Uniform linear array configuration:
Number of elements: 4
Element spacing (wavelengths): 1
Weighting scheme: cosine
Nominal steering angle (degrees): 45
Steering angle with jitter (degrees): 44.623
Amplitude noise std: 0.05
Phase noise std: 0.05

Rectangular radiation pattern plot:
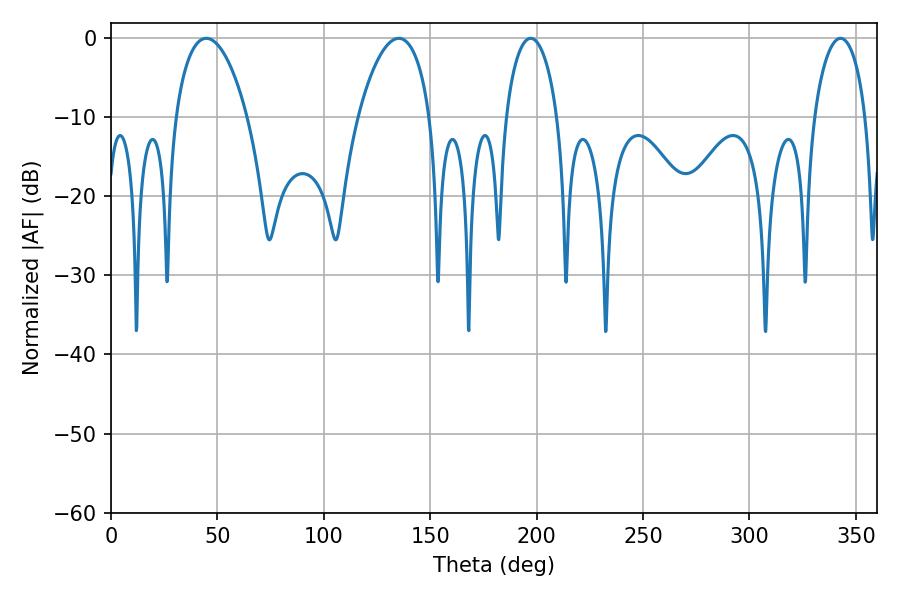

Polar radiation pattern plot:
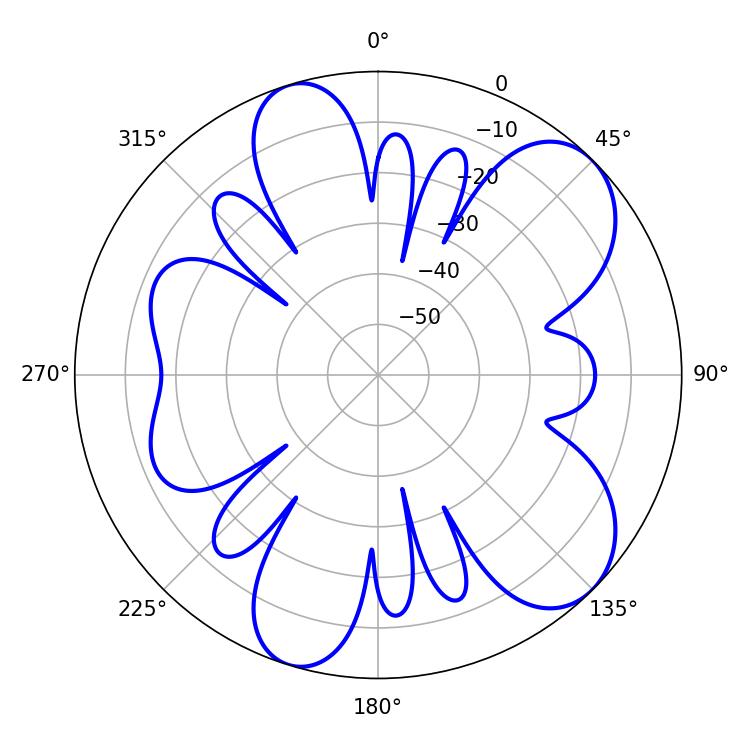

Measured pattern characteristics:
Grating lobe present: TRUE
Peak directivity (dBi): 8.134
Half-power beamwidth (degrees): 19.08
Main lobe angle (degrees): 135.18